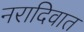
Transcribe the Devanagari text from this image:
नरादिवात